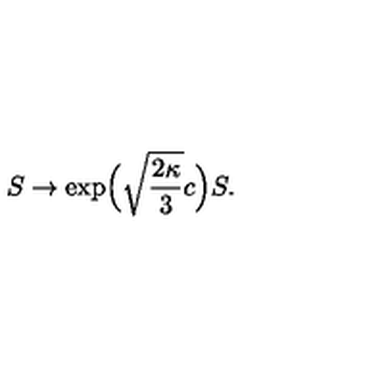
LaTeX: S \to \exp \! \Big ( \sqrt { \frac { 2 \kappa } { 3 } } c \Big ) S .